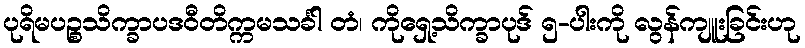
ပုရိမပဉ္စသိက္ခာပဒဝီတိက္ကမသင်္ခါ တံ၊ ကိုရှေ့သိက္ခာပုဒ် ၅-ပါးကို လွန်ကျူးခြင်းဟု